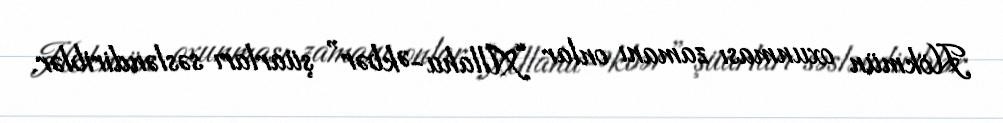
Hökmün oxunması zamanı onlar “Allahu-Əkbər” şüarları səsləndiriblər.